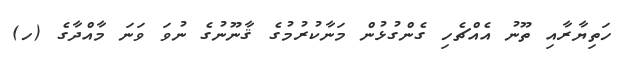
ހަތިޔާރާއި ތޫނު އެއްޗެހި ގެންގުޅުން މަނާކުރުމުގެ ޤާނޫނުގެ ނުވަ ވަނަ މާއްދާގެ (ހ)